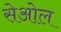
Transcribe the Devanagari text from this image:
सेओल